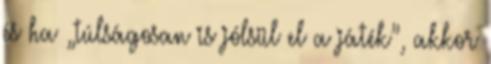
és ha „túlságosan is jólsül el a játék”, akkor